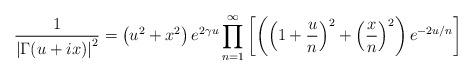
LaTeX: \begin{align*}\frac{1}{\left|\Gamma(u+ix)\right|^{2}}=\left(u^{2}+x^{2}\right)e^{2\gamma u}\prod_{n=1}^{\infty}\left[\left(\left(1+\frac{u}{n}\right)^{2}+\left(\frac{x}{n}\right)^{2}\right)e^{-2u/n}\right]\end{align*}